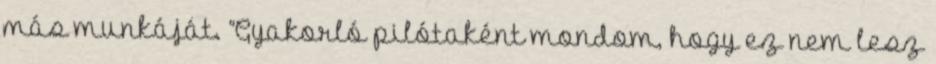
más munkáját. “Gyakorló pilótaként mondom, hogy ez nem lesz